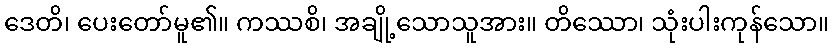
ဒေတိ၊ ပေးတော်မူ၏။ ကဿစိ၊ အချို့သောသူအား။ တိဿော၊ သုံးပါးကုန်သော။